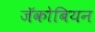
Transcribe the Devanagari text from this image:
जॅकोबियन